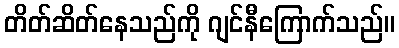
တိတ်ဆိတ်နေသည်ကို ဂျင်နီကြောက်သည်။